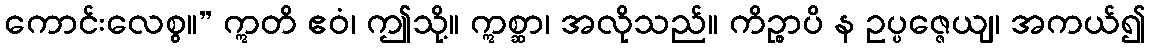
ကောင်းလေစွ။” ဣတိ ဧဝံ၊ ဤသို့။ ဣစ္ဆာ၊ အလိုသည်။ ကိဉ္စာပိ န ဥပ္ပဇ္ဇေယျ၊ အကယ်၍